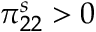
\pi _ { 2 2 } ^ { s } > 0